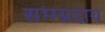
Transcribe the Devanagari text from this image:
सम्म्प्रदाय